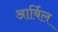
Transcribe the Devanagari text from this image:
आर्बिल